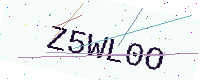
Text: Z5WL0O